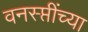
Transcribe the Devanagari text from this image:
वनस्प्तींच्या